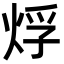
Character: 烰